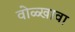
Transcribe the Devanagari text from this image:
वोळ्खावा